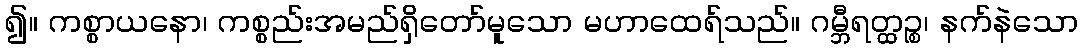
၍။ ကစ္စာယနော၊ ကစ္စည်းအမည်ရှိတော်မူသော မဟာထေရ်သည်။ ဂမ္ဘီရတ္ထဉ္စ၊ နက်နဲသော